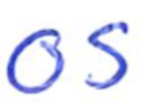
Text: OS
Cross-out: clean
Writing tool: ballpoint